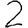
Digit: 2